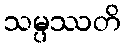
သမ္ပဿတိ